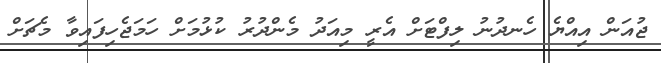
ޖުއަން އިއްޔެ ހެނދުނު ލިފްޓަށް އެރީ މިއަދު މެންދުރު ކުޅުމަށް ހަމަޖެހިފައިވާ މެޗަށް